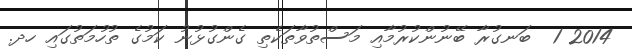
2014 1  ބަނގުރާ ބޭނުންކުރުމާއި މަސްތުވާތަކެތި ގެންގުޅުނު ކަމުގެ ތުހުމަތުގައި ހދ.